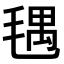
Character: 𣮨